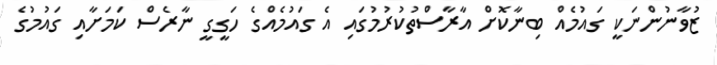
ޒުވާނުންނަކީ ގައުމެއް ބިނާކޮށް އާރާސްތުކުރުމުގައި އެ ގައުމެއްގެ ހަގީގީ ނާރެސް ކަމަށާއި ގައުމުގެ